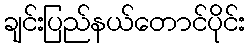
ချင်းပြည်နယ်တောင်ပိုင်း